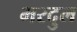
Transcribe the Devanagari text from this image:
भरदुल